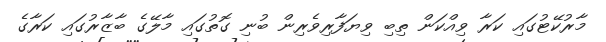
މާރުކޭޓުގައި ކަރާ ވިއްކަން ތިބި ވިޔަފާރިވެރިން ބުނި ގޮތުގައި މާލޭގެ ބާޒާރުގައި ކަރާގެ